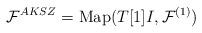
LaTeX: \begin{align*}\mathcal{F}^{AKSZ}=\mathrm{Map}(T[1]I,\mathcal{F}^{(1)})\end{align*}